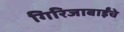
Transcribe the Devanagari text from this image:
गिरिजाबाईंचे